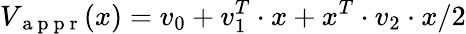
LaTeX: V_{\mathrm{~a~p~p~r~}}(x)=v_{0}+v_{1}^{T}\cdot x+x^{T}\cdot v_{2}\cdot x/2